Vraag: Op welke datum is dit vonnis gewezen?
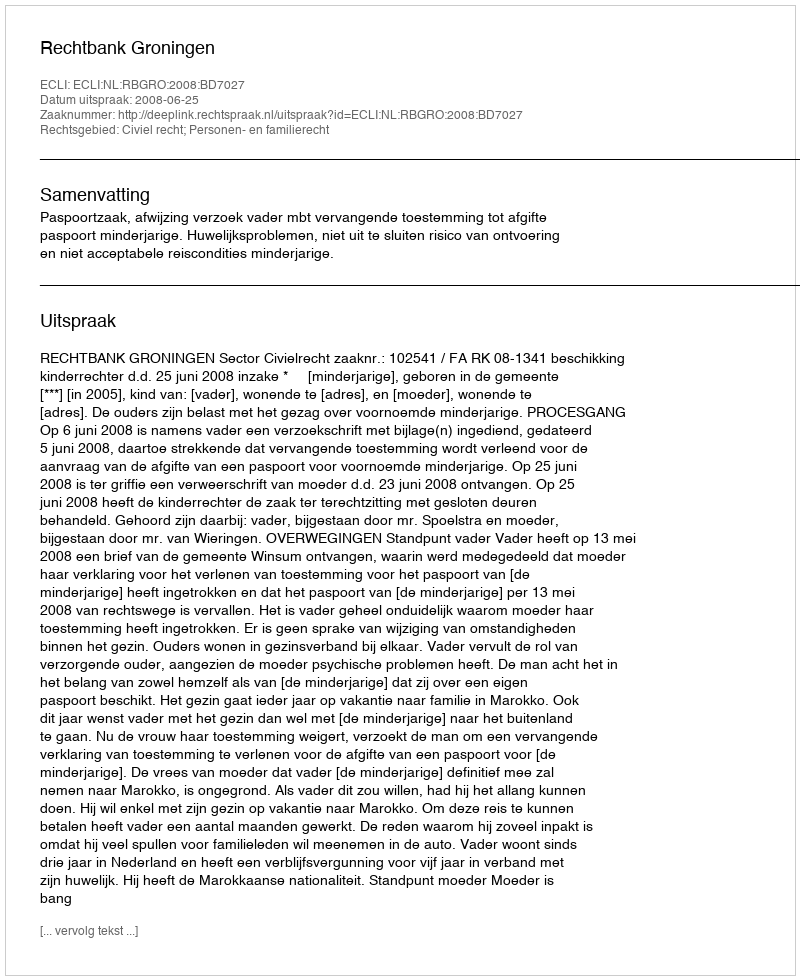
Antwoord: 2008-06-25